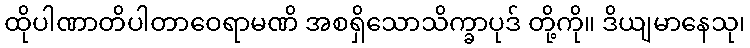
ထိုပါဏာတိပါတာဝေရာမဏိ အစရှိသောသိက္ခာပုဒ် တို့ကို။ ဒိယျမာနေသု၊